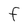
Character: F